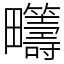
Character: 𤴆